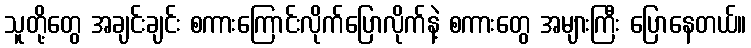
သူတို့တွေ အချင်းချင်း စကားကြောင်းလိုက်ပြောလိုက်နဲ့ စကားတွေ အများကြီး ပြောနေတယ်။